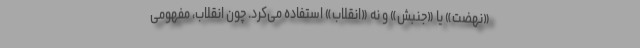
«نهضت» یا «جنبش» و نه «انقلاب» استفاده می‌کرد. چون انقلاب، مفهومی